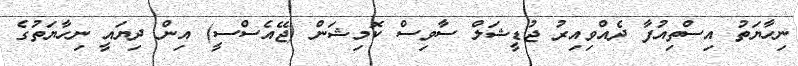
ނިހާޔަތު އިސްތިއުފާ ދެއްވިއިރު ޖުޑީޝަލް ސާވިސް ކޮމިޝަން (ޖޭއެސްސީ) އިން ދިޔައީ ނިހާޔަތުގެ